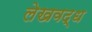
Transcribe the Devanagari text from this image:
लेखवद्ध